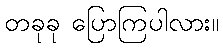
တခုခု ပြောကြပါလား။